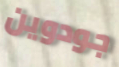
جودوين